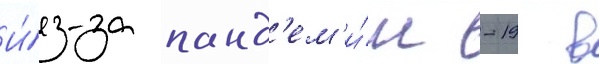
И́з-за панд'ем'и́и -19 в